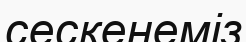
сескенеміз